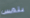
يلمس